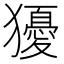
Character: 獶